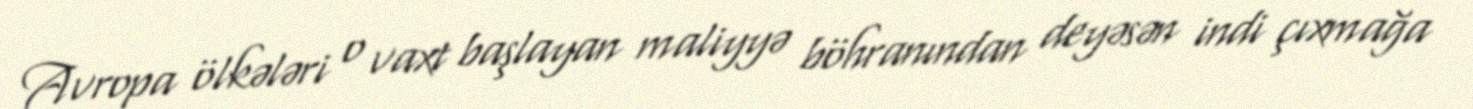
Avropa ölkələri o vaxt başlayan maliyyə böhranından deyəsən indi çıxmağa